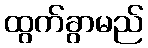
ထွက်ခွာမည်